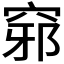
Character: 𥦢